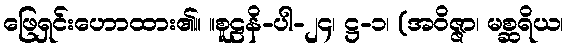
ဖြေရှင်းဟောထား၏။ ။စူဠနိ-ပါ-၂၄၊ ဋ္ဌ-၁၊ (အဝိဇ္ဇာ၊ မစ္ဆရိယ၊